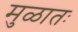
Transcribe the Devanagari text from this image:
मुळातः